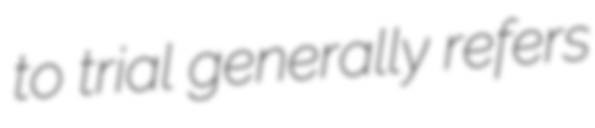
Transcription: to trial generally refers